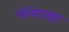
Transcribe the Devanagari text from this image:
मोनेटाइट